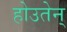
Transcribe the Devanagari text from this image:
होउतेन्